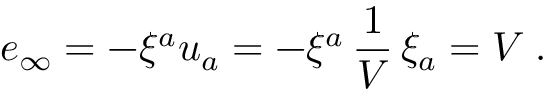
e _ { \infty } = - \xi ^ { a } u _ { a } = - \xi ^ { a } \, { \frac { 1 } { V } } \, \xi _ { a } = V \; .